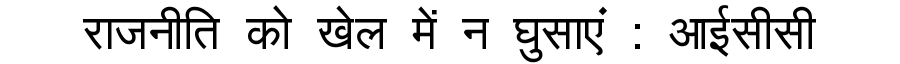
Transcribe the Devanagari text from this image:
राजनीति को खेल में न घुसाएं : आईसीसी